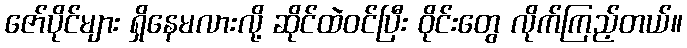
ဇော်ပိုင်များ ရှိနေမလားလို့ ဆိုင်ထဲဝင်ပြီး ဝိုင်းတွေ လိုက်ကြည့်တယ်။